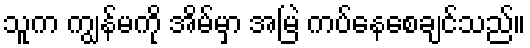
သူက ကျွန်မကို အိမ်မှာ အမြဲ ကပ်နေစေချင်သည်။